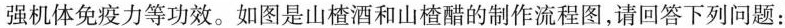
强机体免疫力等功效。如图是山楂酒和山楂醋的制作流程图，请回答下列问题：